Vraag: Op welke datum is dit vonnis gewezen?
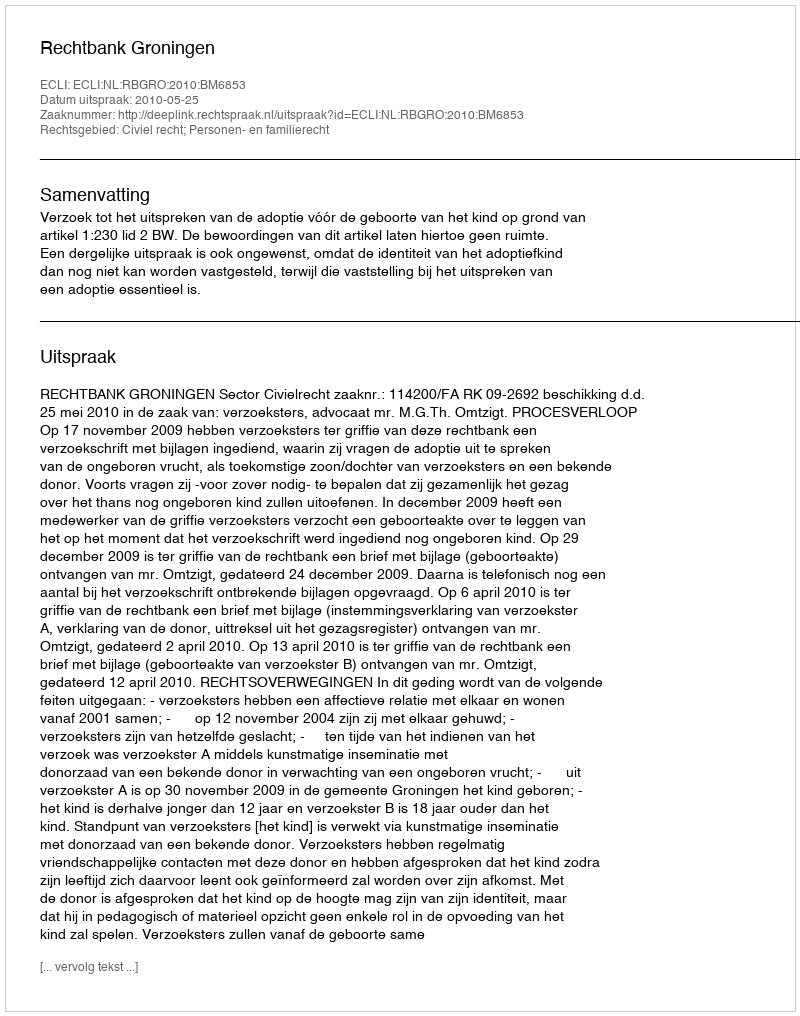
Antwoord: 2010-05-25